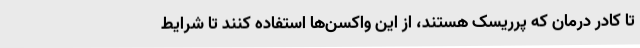
تا کادر درمان که پرریسک هستند، از این واکسن‌ها استفاده کنند تا شرایط